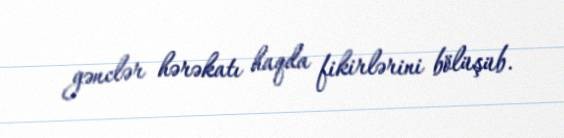
gənclər hərəkatı haqda fikirlərini bölüşüb.